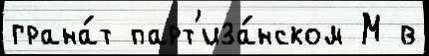
грана́т парт'иза́нском М в